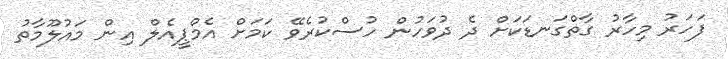
ފަހަރު މިހާރު ގާތްގަނޑަކަށް ދެ ދުވަހުން ހުސްކުރެވޭ ކަމަށް އެމްޕީއެލް އިން މައުލޫމާތު